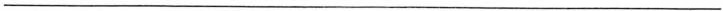
_______________________________________